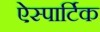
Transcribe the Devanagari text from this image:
ऐस्पार्टिक